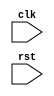
module timing_sync_control(
    input wire clk,
    input wire rst,
    // Add other input and output ports as needed
    
    // Timing control block
    // Add timing control block verilog code here
    
    // Synchronization block
    // Add synchronization block verilog code here
);
// Add verilog code for timing control and synchronization blocks here

endmodule